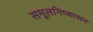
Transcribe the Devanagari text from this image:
समूलनिष्कासन